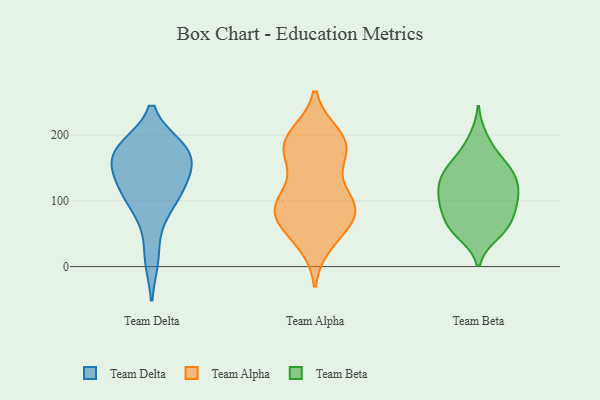
{"axis": {"x": "Satisfaction Score", "y": "Value"}, "legend": ["Team Alpha", "Team Beta", "Team Delta"], "data": [{"x": "", "y": 171, "type": "Team Delta"}, {"x": "", "y": 130, "type": "Team Delta"}, {"x": "", "y": 180, "type": "Team Delta"}, {"x": "", "y": 13, "type": "Team Delta"}, {"x": "", "y": 104, "type": "Team Delta"}, {"x": "", "y": 165, "type": "Team Delta"}, {"x": "", "y": 174, "type": "Team Delta"}, {"x": "", "y": 180, "type": "Team Delta"}, {"x": "", "y": 80, "type": "Team Delta"}, {"x": "", "y": 137, "type": "Team Delta"}, {"x": "", "y": 116, "type": "Team Delta"}, {"x": "", "y": 155, "type": "Team Alpha"}, {"x": "", "y": 101, "type": "Team Alpha"}, {"x": "", "y": 170, "type": "Team Alpha"}, {"x": "", "y": 45, "type": "Team Alpha"}, {"x": "", "y": 104, "type": "Team Alpha"}, {"x": "", "y": 83, "type": "Team Alpha"}, {"x": "", "y": 186, "type": "Team Alpha"}, {"x": "", "y": 98, "type": "Team Alpha"}, {"x": "", "y": 68, "type": "Team Alpha"}, {"x": "", "y": 83, "type": "Team Alpha"}, {"x": "", "y": 191, "type": "Team Alpha"}, {"x": "", "y": 83, "type": "Team Alpha"}, {"x": "", "y": 184, "type": "Team Alpha"}, {"x": "", "y": 37, "type": "Team Alpha"}, {"x": "", "y": 199, "type": "Team Alpha"}, {"x": "", "y": 85, "type": "Team Alpha"}, {"x": "", "y": 189, "type": "Team Alpha"}, {"x": "", "y": 130, "type": "Team Beta"}, {"x": "", "y": 51, "type": "Team Beta"}, {"x": "", "y": 152, "type": "Team Beta"}, {"x": "", "y": 110, "type": "Team Beta"}, {"x": "", "y": 175, "type": "Team Beta"}, {"x": "", "y": 63, "type": "Team Beta"}, {"x": "", "y": 65, "type": "Team Beta"}, {"x": "", "y": 54, "type": "Team Beta"}, {"x": "", "y": 136, "type": "Team Beta"}, {"x": "", "y": 99, "type": "Team Beta"}, {"x": "", "y": 63, "type": "Team Beta"}, {"x": "", "y": 85, "type": "Team Beta"}, {"x": "", "y": 150, "type": "Team Beta"}, {"x": "", "y": 102, "type": "Team Beta"}, {"x": "", "y": 104, "type": "Team Beta"}, {"x": "", "y": 195, "type": "Team Beta"}, {"x": "", "y": 143, "type": "Team Beta"}, {"x": "", "y": 103, "type": "Team Beta"}, {"x": "", "y": 136, "type": "Team Beta"}]}